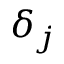
\delta _ { j }